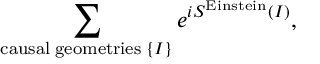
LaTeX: \sum _ { \mathrm { c a u s a l \; g e o m e t r i e s } \; \{ I \} } e ^ { i S ^ { \mathrm { E i n s t e i n } } ( I ) } ,